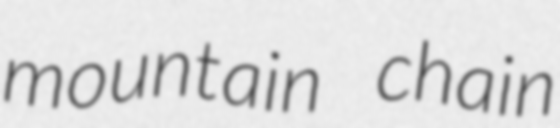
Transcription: mountain chain